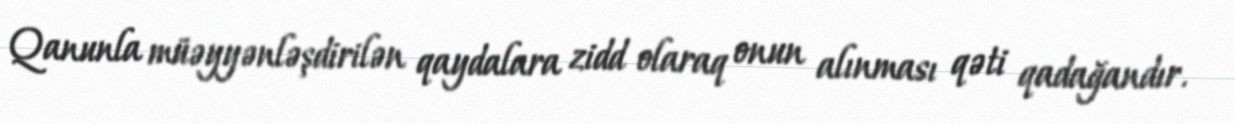
Qanunla müəyyənləşdirilən qaydalara zidd olaraq onun alınması qəti qadağandır.